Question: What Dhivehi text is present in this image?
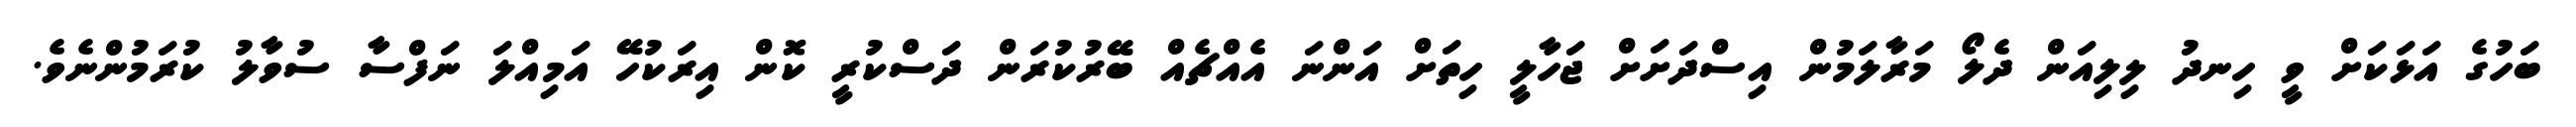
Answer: ބަހުގެ އަޅަކަށް ވީ ހިނދު ލިލިއަން ދެލޯ މަރާލަމުން އިސްދަށަށް ޖަހާލީ ހިތަށް އަންނަ އެއްޗެއް ބޭރުކުރަން ދަސްކުރީ ކޮން އިރަކުހޭ އަމިއްލަ ނަފްސާ ސުވާލު ކުރަމުންނެވެ.